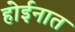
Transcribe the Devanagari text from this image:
होईनात